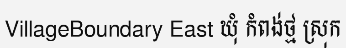
VillageBoundary East ឃុំ កំពង់ថ្ម ស្រុក